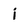
Character: i